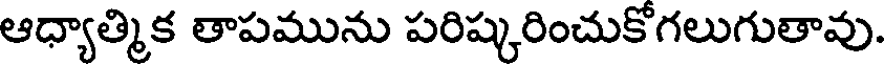
ఆధ్యాత్మిక తాపమును పరిష్కరించుకోగలుగుతావు.